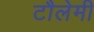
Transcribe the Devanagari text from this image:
टौलेमी